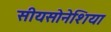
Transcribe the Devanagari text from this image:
सीयसोनेशिया